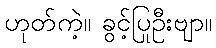
ဟုတ်ကဲ့။ ခွင့်ပြုဦးဗျာ။